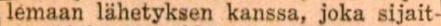
lemaan lähetyksen kanssa, joka sijait-